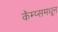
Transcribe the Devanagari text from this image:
कॅम्प्समधून